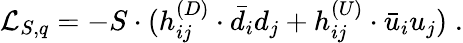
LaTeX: {\cal L}_{S,q}=-S\cdot(h_{ij}^{(D)}\cdot\bar{d}_{i}d_{j}+h_{ij}^{(U)}\cdot\bar{u}_{i}u_{j})\; .